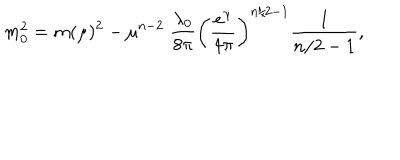
m _ { 0 } ^ { 2 } = m ( \mu ) ^ { 2 } - \mu ^ { n - 2 } \; \frac { \lambda _ { 0 } } { 8 \pi } \left( \frac { e ^ { \gamma } } { 4 \pi } \right) ^ { n / 2 - 1 } \frac { 1 } { n / 2 - 1 } ,